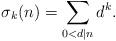
LaTeX: \begin{align*} \sigma_{k}(n) = \sum_{0<d|n}d^{k}. \end{align*}